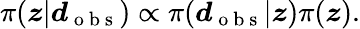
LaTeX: \pi(\boldsymbol{z}|\boldsymbol{d}_{\mathrm{~o~b~s~}})\propto\pi(\boldsymbol{d}_{\mathrm{~o~b~s~}}|\boldsymbol{z})\pi(\boldsymbol{z}).